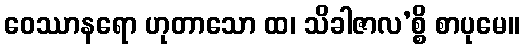
ဝေဿာနရော ဟုတာသော ထ၊ သိခါဇာလ’စ္စိ စာပုမေ။